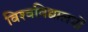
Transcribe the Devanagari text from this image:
विश्‍वविद्यालयों